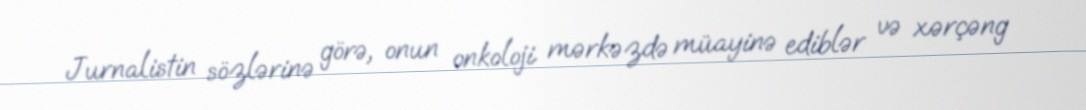
Jurnalistin sözlərinə görə, onun onkoloji mərkəzdə müayinə ediblər və xərçəng